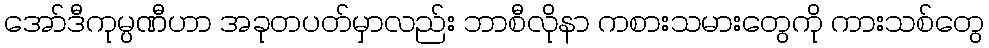
အော်ဒီကုမ္ပဏီဟာ အခုတပတ်မှာလည်း ဘာစီလိုနာ ကစားသမားတွေကို ကားသစ်တွေ